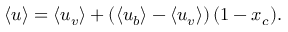
\left< u \right> = \left< { u _ { v } } \right> + \left( \left< { u _ { b } } \right> - \left< { u _ { v } } \right> \right) ( 1 - x _ { c } ) .